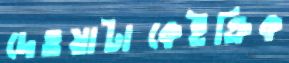
দেওয়াটাকেইক্রিক